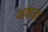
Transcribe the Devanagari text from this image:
अकदा